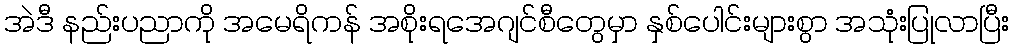
အဲဒီ နည်းပညာကို အမေရိကန် အစိုးရအေဂျင်စီတွေမှာ နှစ်ပေါင်းများစွာ အသုံးပြုလာပြီး